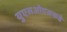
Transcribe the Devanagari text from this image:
युएसओएसकडे